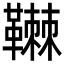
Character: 䪂